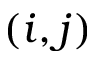
( i , j )